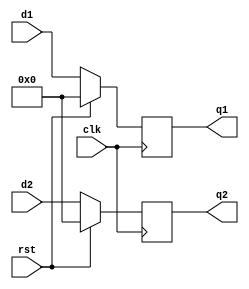
module twin_reg(q1,q2,clk,rst,d1,d2);
  input clk,rst;
  input [7:0]d1,d2;
  output reg [7:0]q1,q2;
  always @(posedge clk)
    if(rst)
      begin
        q1 <= 1'b0;
        q2 <= 1'b0;
      end
  else
    begin
      q1 <= d1;
      q2 <= d2;
    end
endmodule